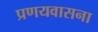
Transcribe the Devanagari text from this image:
प्रणयवासना